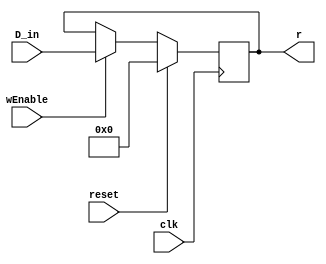

`timescale 1ns / 1ps
//////////////////////////////////////////////////////////////////////////////////
// Company: 
// Engineer: 
// 
// Design Name: 
// Module Name:    regbank 
// Project Name: 
// Target Devices: 
// Tool versions: 
// Description: 
//
// Dependencies: 
//
// Revision: 
// Revision 0.01 - File Created
// Additional Comments: 
//
//////////////////////////////////////////////////////////////////////////////////

module Register(D_in, wEnable, reset, clk, r
    );
	 input [15:0] D_in;
	 input clk, wEnable, reset;
	 output reg [15:0] r;
	 
	initial
	begin
		r = 0;
	end
	 
 always @( posedge clk )
	begin
	if (reset) r <= 16'b0;
	else
		begin			
			if (wEnable)
				begin
					r <= D_in;
				end
			else
				begin
					r <= r;
				end
		end
	end
endmodule


// Shown below is one way to implement the register file
// This is a bottom-up, structural instantiation
// Another module is described in another file...
// .... which shows two dimensional construct for regfile

// Structural Implementation of RegBank
/********/
module RegBank(ALUBus, r0, r1, r2, r3, r4, r5, r6, r7, r8, r9, r10, r11, r12, r13, r14, r15, regEnable, clk, reset);
	input clk, reset;
	input [15:0] ALUBus;
	input [15:0] regEnable;
	output [15:0] r0, r1, r2, r3, r4, r5, r6, r7, r8, r9, r10, r11, r12, r13, r14, r15;

	
	Register Inst0(
		.D_in(ALUBus),
		.wEnable(regEnable[0]),
		.reset(reset), 
		.clk(clk),
		.r(r0));
	Register Inst1(ALUBus, regEnable[1], reset, clk, r1);
	Register Inst2(ALUBus, regEnable[2], reset, clk, r2);
	Register Inst3(ALUBus, regEnable[3], reset, clk, r3);
	Register Inst4(ALUBus, regEnable[4], reset, clk, r4);
	Register Inst5(ALUBus, regEnable[5], reset, clk, r5);
	Register Inst6(ALUBus, regEnable[6], reset, clk, r6);
	Register Inst7(ALUBus, regEnable[7], reset, clk, r7);
	Register Inst8(ALUBus, regEnable[8], reset, clk, r8);
	Register Inst9(ALUBus, regEnable[9], reset, clk, r9);
	Register Inst10(ALUBus, regEnable[10], reset, clk, r10);
	Register Inst11(ALUBus, regEnable[11], reset, clk, r11);
	Register Inst12(ALUBus, regEnable[12], reset, clk, r12);
	Register Inst13(ALUBus, regEnable[13], reset, clk, r13);
	Register Inst14(ALUBus, regEnable[14], reset, clk, r14);
	Register Inst15(ALUBus, regEnable[15], reset, clk, r15); 

endmodule
/**************/